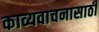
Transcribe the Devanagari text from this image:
काव्यवाचनासाठी